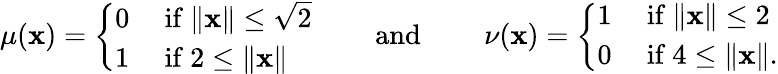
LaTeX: \begin{array}{r}{\mu(\mathbf{x})=\left\{ \begin{array}{ll}{0}&{\mathrm{~if~}\lVert\mathbf{x}\rVert\leq\sqrt{2}}\\ {1}&{\mathrm{~if~}2\leq\lVert\mathbf{x}\rVert}\end{array}\right.\qquad\mathrm{~and~}\qquad\nu(\mathbf{x})=\left\{ \begin{array}{ll}{1}&{\mathrm{~if~}\lVert\mathbf{x}\rVert\leq 2}\\ {0}&{\mathrm{~if~}4\leq\lVert\mathbf{x}\rVert.}\end{array}\right.}\end{array}